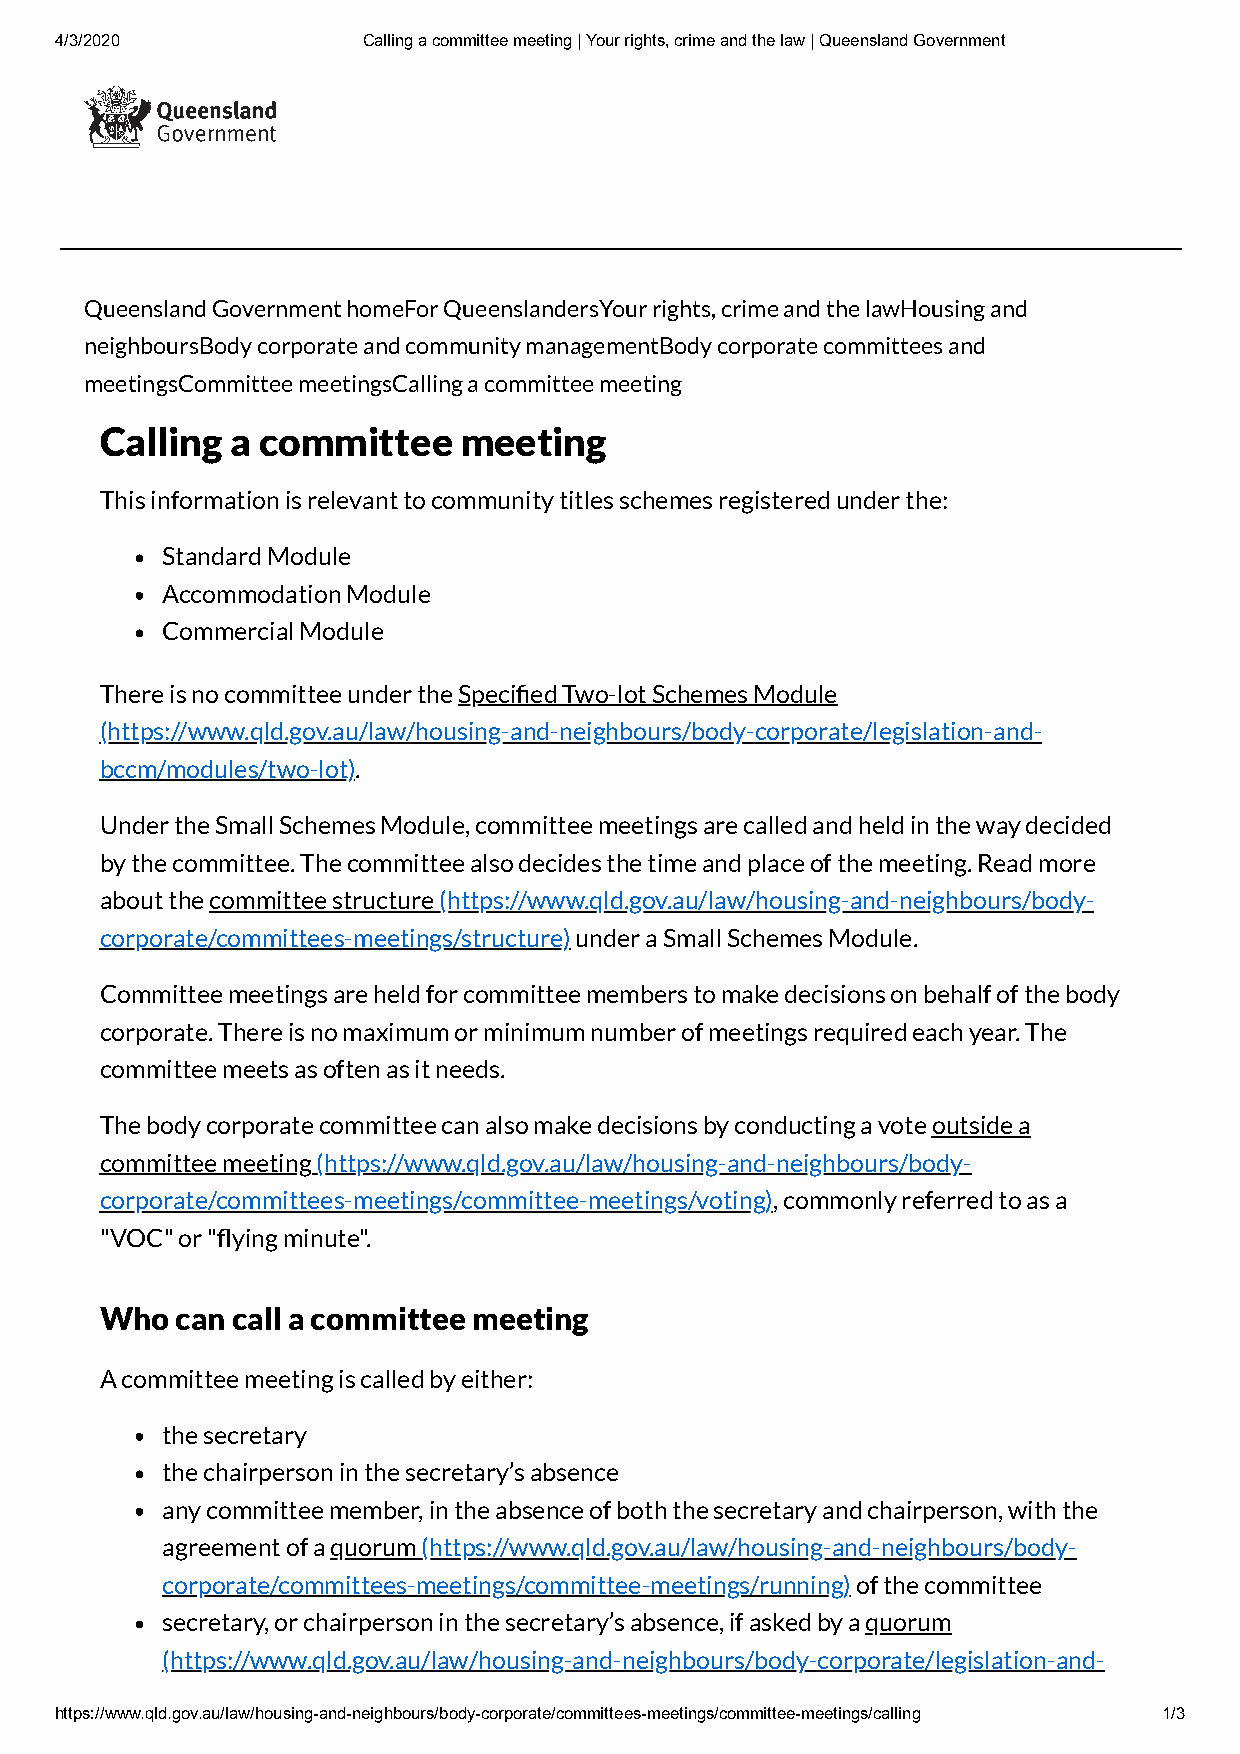
4/3/2020            Calling a committee meeting | Your rights, crime and the law | Queensland Government
 Queensland Government homeFor QueenslandersYour rights, crime and the lawHousing and
 neighboursBody corporate and community managementBody corporate committees and
 meetingsCommittee meetingsCalling a committee meeting
 Calling a committee    meeting
 This information is relevant to community titles schemes registered under the:
 Standard Module
 Accommodation Module
 Commercial Module
 There is no committee under the Specied Two-lot Schemes Module
 (https://www.qld.gov.au/law/housing-and-neighbours/body-corporate/legislation-and-
 bccm/modules/two-lot).
 Under the Small Schemes Module, committee meetings are called and held in the way decided
 by the committee. The committee also decides the time and place of the meeting. Read more
 about the committee structure (https://www.qld.gov.au/law/housing-and-neighbours/body-
 corporate/committees-meetings/structure) under a Small Schemes Module.
 Committee meetings are held for committee members to make decisions on behalf of the body
 corporate. There is no maximum or minimum number of meetings required each year. The
 committee meets as often as it needs.
 The body corporate committee can also make decisions by conducting a vote outside a
 committee meeting (https://www.qld.gov.au/law/housing-and-neighbours/body-
 corporate/committees-meetings/committee-meetings/voting), commonly referred to as a
 "VOC" or "ying minute".
 Who  can call a committee meeting
 A committee meeting is called by either:
 the secretary
 the chairperson in the secretary’s absence
 any committee member, in the absence of both the secretary and chairperson, with the
 agreement of a quorum (https://www.qld.gov.au/law/housing-and-neighbours/body-
 corporate/committees-meetings/committee-meetings/running) of the committee
 secretary, or chairperson in the secretary’s absence, if asked by a quorum
 (https://www.qld.gov.au/law/housing-and-neighbours/body-corporate/legislation-and-
 https://www.qld.gov.au/law/housing-and-neighbours/body-corporate/committees-meetings/committee-meetings/calling 1/3